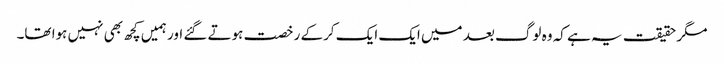
مگر حقیقت یہ ہے کہ وہ لوگ بعد میں ایک ایک کرکے رخصت ہوتے گئے اور ہمیں کچھ بھی نہیں ہوا تھا۔